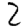
Digit: 2